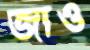
জাও